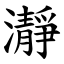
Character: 瀞